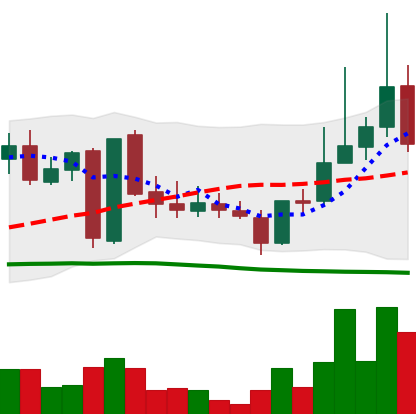
Ticker: LINK-USD
Chart end date: 2019-03-11
Forward return: 3.874%
Label: up_3_5